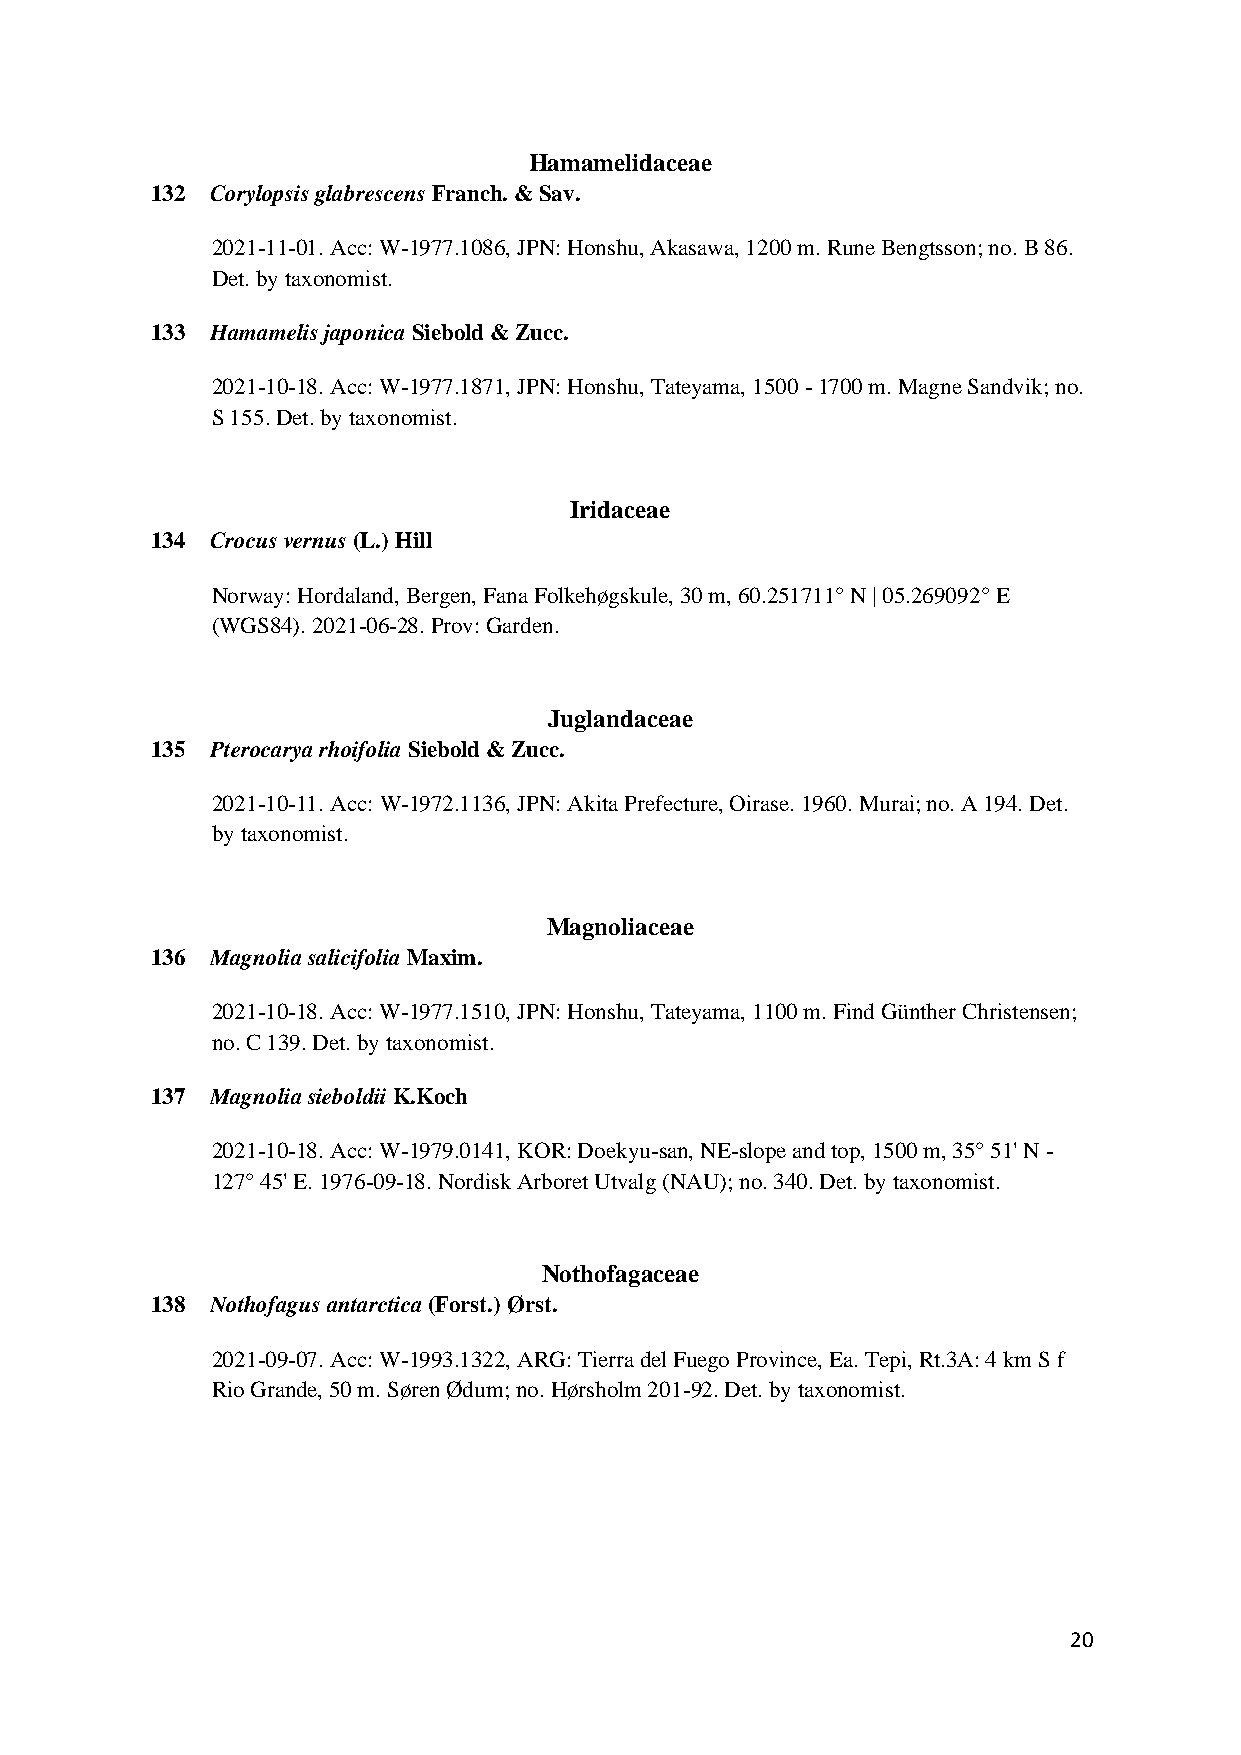
Hamamelidaceae
 132 Corylopsis glabrescens Franch. & Sav.
 2021-11-01. Acc: W-1977.1086, JPN: Honshu, Akasawa, 1200 m. Rune Bengtsson; no. B 86.
 Det. by taxonomist.
 133 Hamamelis japonica Siebold & Zucc.
 2021-10-18. Acc: W-1977.1871, JPN: Honshu, Tateyama, 1500 - 1700 m. Magne Sandvik; no.
 S 155. Det. by taxonomist.
 Iridaceae
 134 Crocus vernus (L.) Hill
 Norway: Hordaland, Bergen, Fana Folkehøgskule, 30 m, 60.251711° N | 05.269092° E
 (WGS84). 2021-06-28. Prov: Garden.
 Juglandaceae
 135 Pterocarya rhoifolia Siebold & Zucc.
 2021-10-11. Acc: W-1972.1136, JPN: Akita Prefecture, Oirase. 1960. Murai; no. A 194. Det.
 by taxonomist.
 Magnoliaceae
 136 Magnolia salicifolia Maxim.
 2021-10-18. Acc: W-1977.1510, JPN: Honshu, Tateyama, 1100 m. Find Günther Christensen;
 no. C 139. Det. by taxonomist.
 137 Magnolia sieboldii K.Koch
 2021-10-18. Acc: W-1979.0141, KOR: Doekyu-san, NE-slope and top, 1500 m, 35° 51' N -
 127° 45' E. 1976-09-18. Nordisk Arboret Utvalg (NAU); no. 340. Det. by taxonomist.
 Nothofagaceae
 138 Nothofagus antarctica (Forst.) Ørst.
 2021-09-07. Acc: W-1993.1322, ARG: Tierra del Fuego Province, Ea. Tepi, Rt.3A: 4 km S f
 Rio Grande, 50 m. Søren Ødum; no. Hørsholm 201-92. Det. by taxonomist.
 20